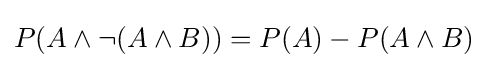
P(A\land \neg (A\land B))=P(A)-P(A\land B)